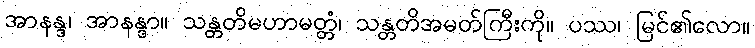
အာနန္ဒ၊ အာနန္ဒာ။ သန္တတိမဟာမတ္တံ၊ သန္တတိအမတ်ကြီးကို။ ပဿ၊ မြင်၏လော။